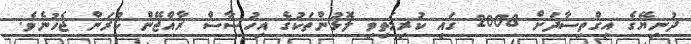
ދުނިޔޭގެ އިގްތިސާދަށް 2008 ގައި ކުރިމަތިވި ލޮޅުންތަކުގެ އިހުސާސް ރާއްޖޭން ކުރަން ޖެހުނެވެ.